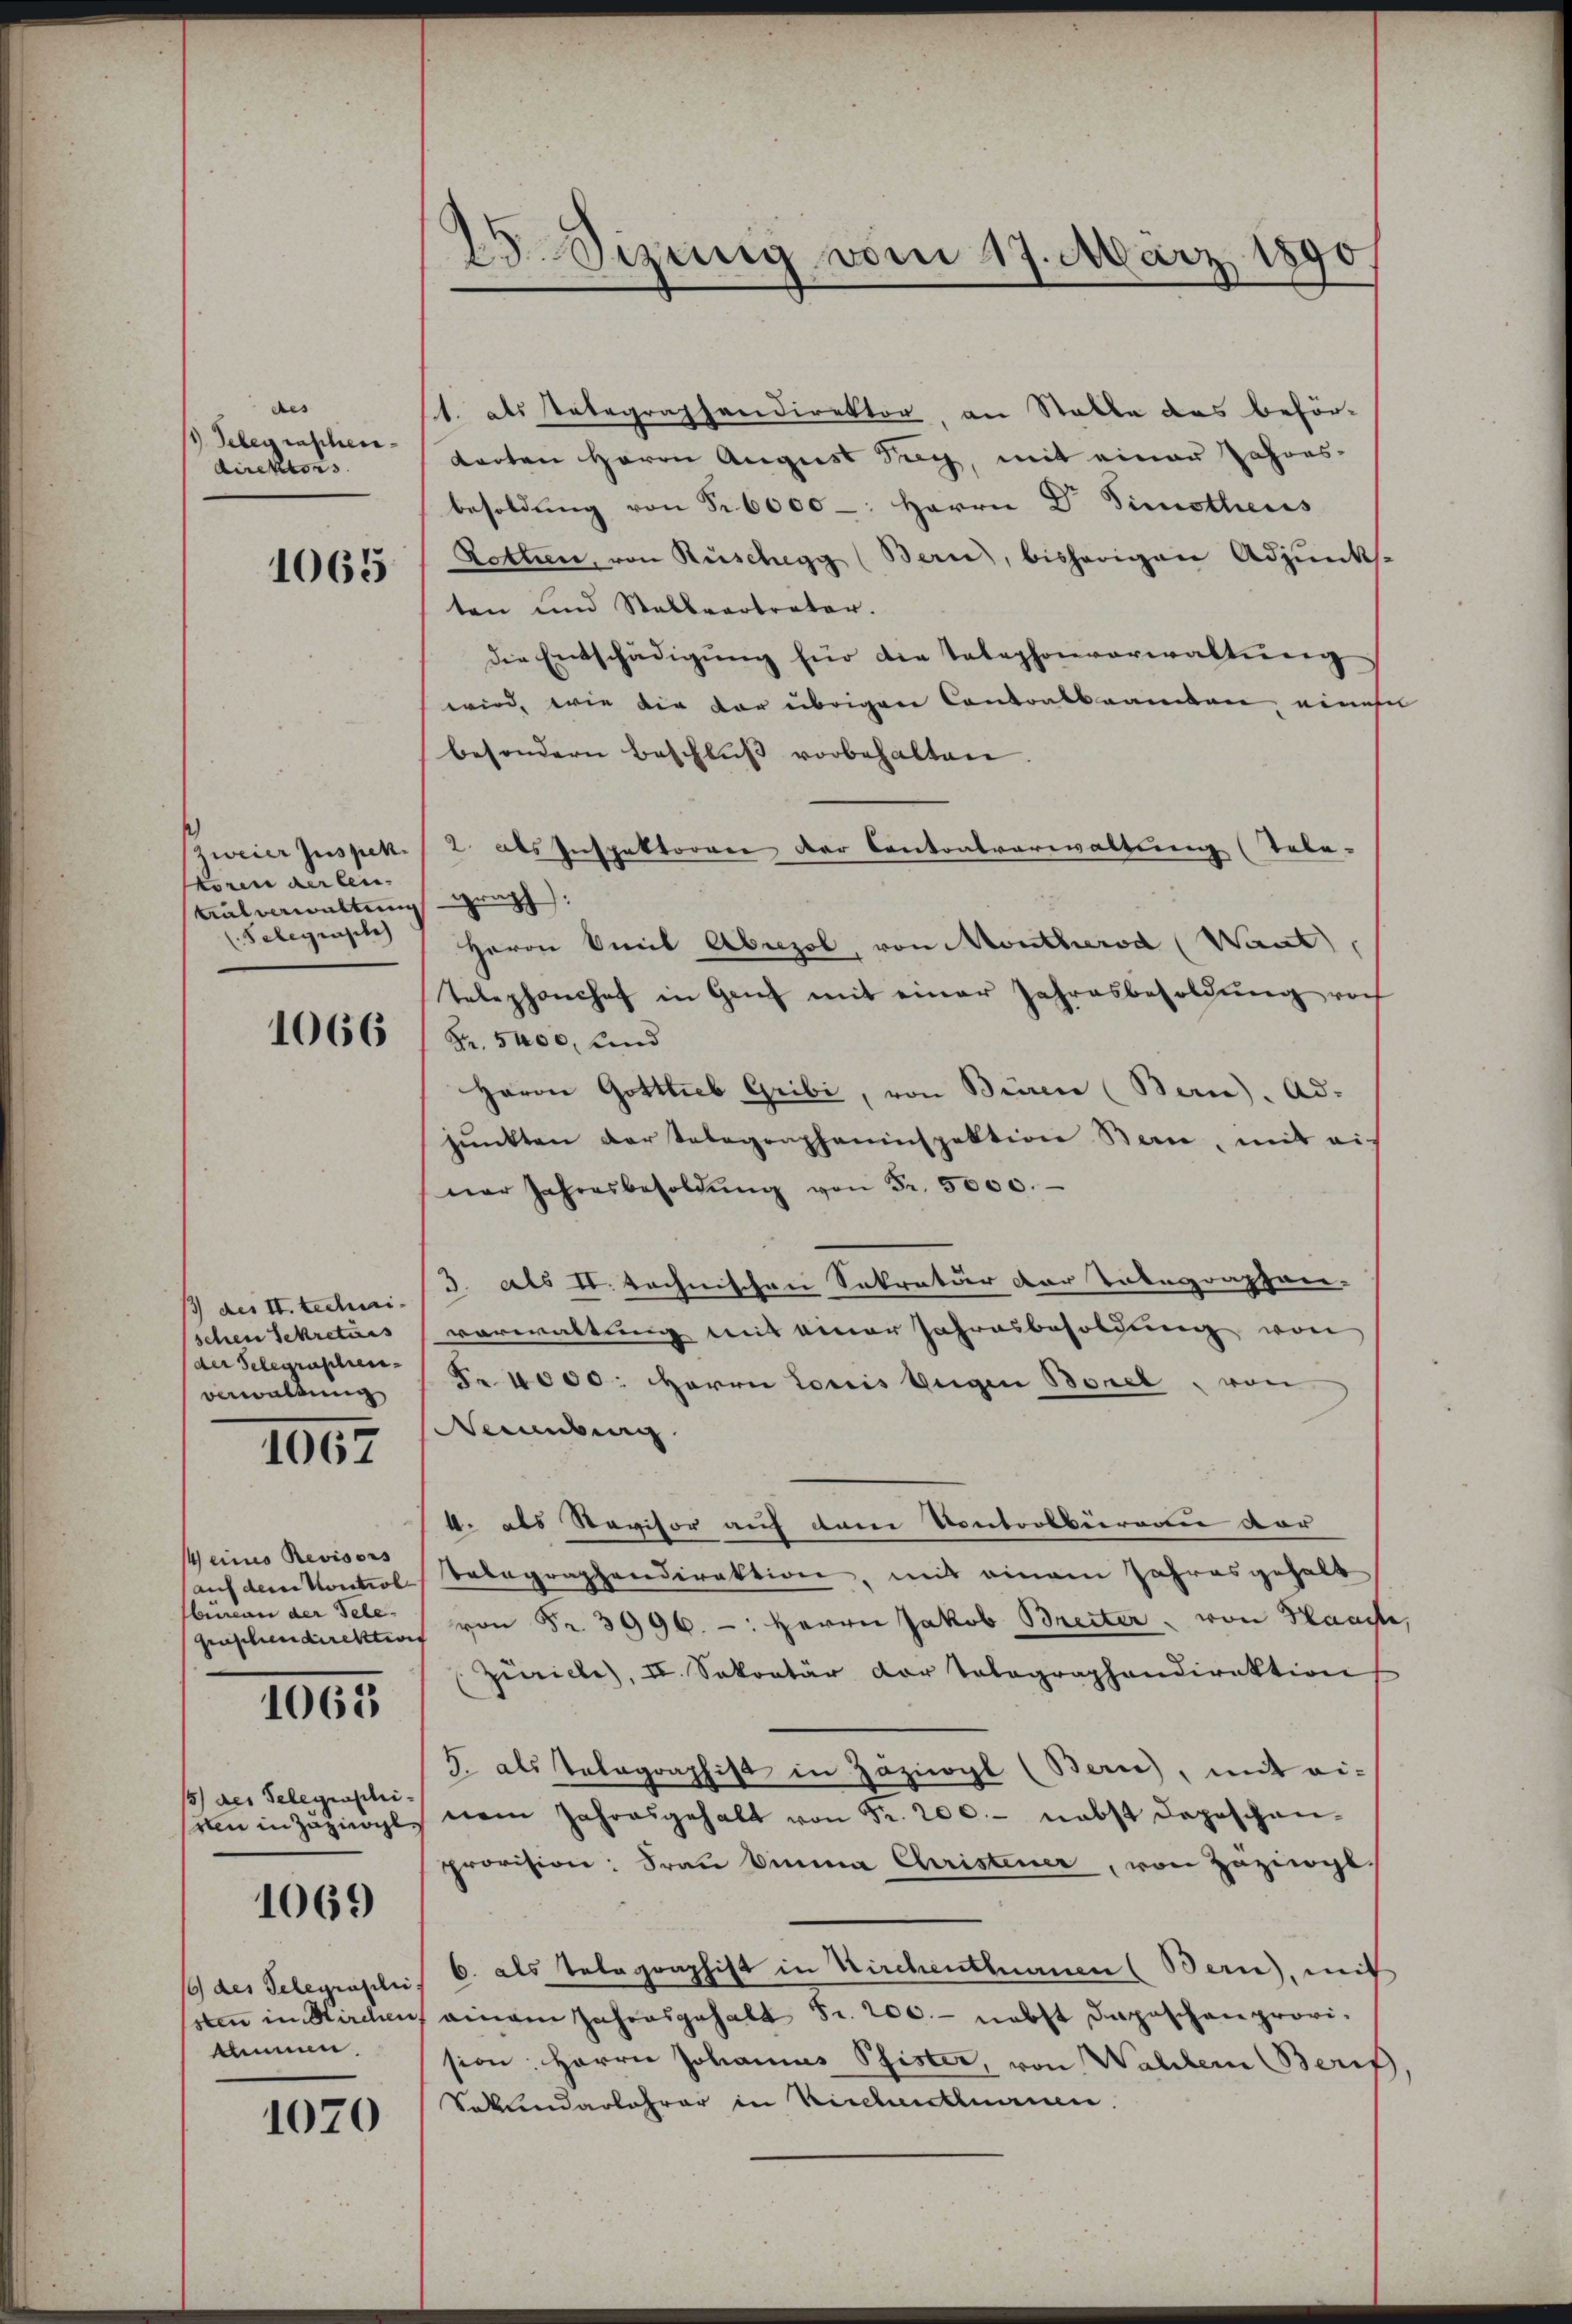
des
 Telegraphierdirektors

1065

(zweier Juspen.
koren der lei
tralverwaltung
(Selegenste

1066

/3 des II. techni
schen Sekretärs
der Selegraschen
verwaltung

1067

Meines Revisors
auf deren Koretiol
bureau der Tele¬

1068

15) des Telegraschiren in Zuziergl.

1069

16 des Telegraschei
sten in Kirchen,
tnen

1070

25 Sizung vom 17. März 1890.

st. als Tatagraphendirektor, an Stalle das beförtorten Herrn August Try, mit einer Jahres-
besoldŭng von Fr. 6000 -: Herrn Dr. Simothens
Rothen, von Rüschegg (Bern, bisherigen Adjunkten und Stellvertreter.
die Entschädigŭng für die Telephonverwaltŭng
wird, wie die dar übrigen Contoalbeamten, einen
besondern Beschluß vorbehalten
2. als Inspektorene der Contralverwaltung (Tele-
graph):
Herrn Amil Abuzol, von Montherod (Want),
Telephonchef in Ganz mit einer Jahresbesoldŭng noch
Fr. 5400, und
Herrn Gottlieb Gribi, von Büren (Bern), Ad-
pŭnkten der Selegrapheninspektion Bern, mit eis
ner Jahresbesoldŭng von Fr. 5000.
3. als II. technischen Sekretär der Totagonphan-
vorwaltung mit einer Jahresbesoldung von
Fr. 4000. Herrn Louis beigen Borel, von
Neuenburg
4. als Revisor auf dem Kontrolburen vor
Telegraphendirektion, mit einem Jahresgehalt
grischendirektion von Fr. 3996. -: Herrn Jakob Breiter von Planste,
Zürich), II. Sekretär der Tolographandirektion
5. als Telegraphist in Zäziwyl (Bern, mit ei-
nem Jahresgehalt von Fr. 200.- nebst depeschani-
provision: Frau Einna Christener, von Zuzings
6. als Telegraphist in Kirchenthurnen (Bern), mit
einem Jahresgehalt Fr. 200.- nebst Depeschen provision: Herrn Johannes Pfister, von Wahlern Berif
Sekundarlehrer in Kirchenthurnen.